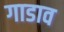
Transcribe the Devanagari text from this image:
गाडाव